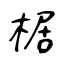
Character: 椐